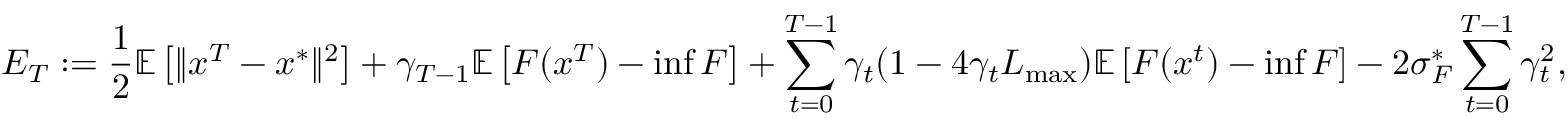
E _ { T } : = \frac { 1 } { 2 } \mathbb { E } \left[ \Vert x ^ { T } - x ^ { * } \Vert ^ { 2 } \right] + \gamma _ { T - 1 } \mathbb { E } \left[ F ( x ^ { T } ) - \operatorname* { i n f } F \right] + \sum _ { t = 0 } ^ { T - 1 } \gamma _ { t } ( 1 - 4 \gamma _ { t } L _ { \operatorname* { m a x } } ) \mathbb { E } \left[ F ( x ^ { t } ) - \operatorname* { i n f } F \right] - 2 \sigma _ { F } ^ { * } \sum _ { t = 0 } ^ { T - 1 } \gamma _ { t } ^ { 2 } ,